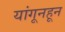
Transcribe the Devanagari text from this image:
यांगूनहून